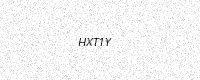
Text: HXT1Y